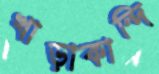
খাড়াকান্দি